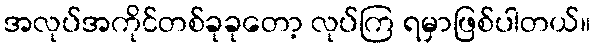
အလုပ်အကိုင်တစ်ခုခုတော့ လုပ်ကြ ရမှာဖြစ်ပါတယ်။